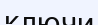
ключи